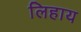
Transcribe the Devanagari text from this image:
लिहाय